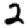
Digit: 2